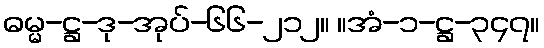
ဓမ္မ-ဋ္ဌ-ဒု-အုပ်-၆၆-၂၁၂။ ။အံ-၁-ဋ္ဌ-၃၄၇။